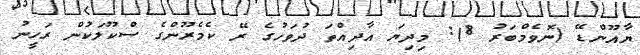
ޔާއޫންޑޭ (ނޮވެމްބަރު 8): މިދިޔަ އާދިއްތަ ދުވަހުގެ ރޭ ކެމެރޫންގެ ސްކޫލަކުން ރަހީނު